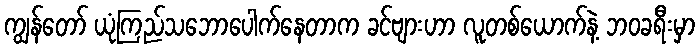
ကျွန်တော် ယုံကြည်သဘောပေါက်နေတာက ခင်ဗျားဟာ လူတစ်ယောက်နဲ့ ဘဝခရီးမှာ